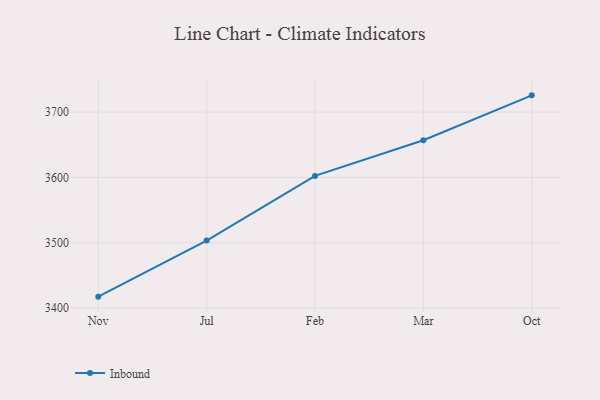
{"axis": {"x": "Month", "y": "Website Visitors"}, "legend": ["Inbound"], "data": [{"x": "Nov", "y": 3417.5, "type": "Inbound"}, {"x": "Jul", "y": 3503.4, "type": "Inbound"}, {"x": "Feb", "y": 3602.4, "type": "Inbound"}, {"x": "Mar", "y": 3657.0, "type": "Inbound"}, {"x": "Oct", "y": 3725.7, "type": "Inbound"}]}